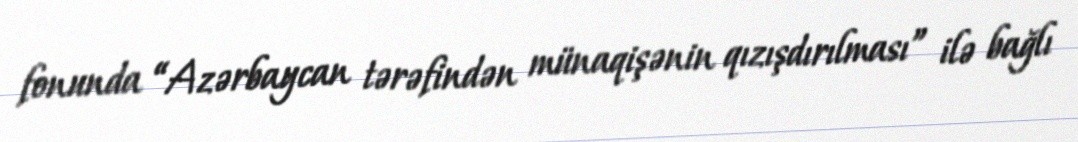
fonunda “Azərbaycan tərəfindən münaqişənin qızışdırılması” ilə bağlı